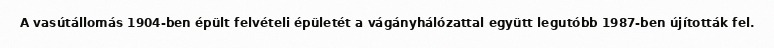
A vasútállomás 1904-ben épült felvételi épületét a vágányhálózattal együtt legutóbb 1987-ben újították fel.